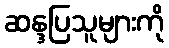
ဆန္ဒပြသူများကို